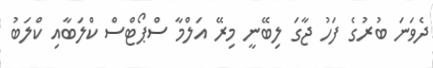
ދެވަނަ ބުރުގެ ފަހު ޖާގަ ލިބޭނީ މިރޭ އަލްމާ ސްޕޯޓްސް ކްލަބާއި ކްލަބު